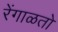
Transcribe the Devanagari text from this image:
रेंगाळतो